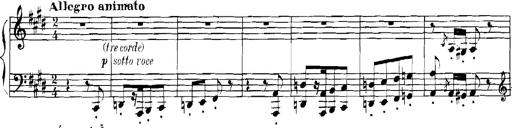
Title: Rhapsodies hongroises
Composer: Franz Liszt